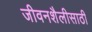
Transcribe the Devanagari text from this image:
जीवनशैलीसाठी